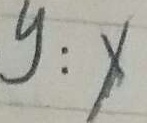
y : x